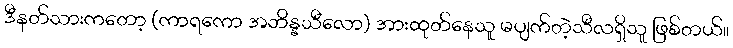
ဒီနတ်သားကတော့ (ကာရကော အဘိန္နသီလော) အားထုတ်နေသူ မပျက်တဲ့သီလရှိသူ ဖြစ်တယ်။